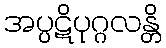
အပ္ပဋိပုဂ္ဂလန္တိ